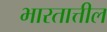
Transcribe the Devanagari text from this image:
भारतात्तील